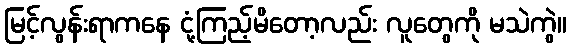
မြင့်လွန်းရာကနေ ငုံ့ကြည့်မိတော့လည်း လူတွေကို မသဲကွဲ။